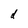
Character: d